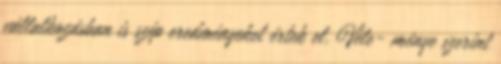
vállalkozásban is szép eredményeket értek el. Véle- ménye szerint